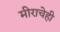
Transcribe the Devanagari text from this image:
मीराचेही